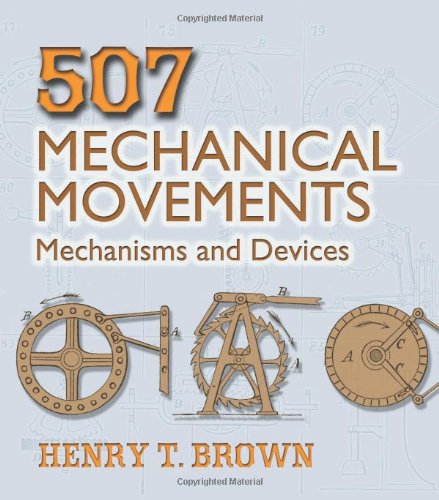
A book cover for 507 Mechanical Movements: Mechanisms and Devices (Dover Science Books); Henry T. Brown; Engineering & Transportation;